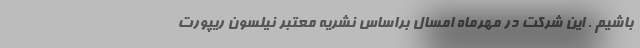
باشیم . این شرکت در مهرماه امسال براساس نشریه معتبر نیلسون ریپورت